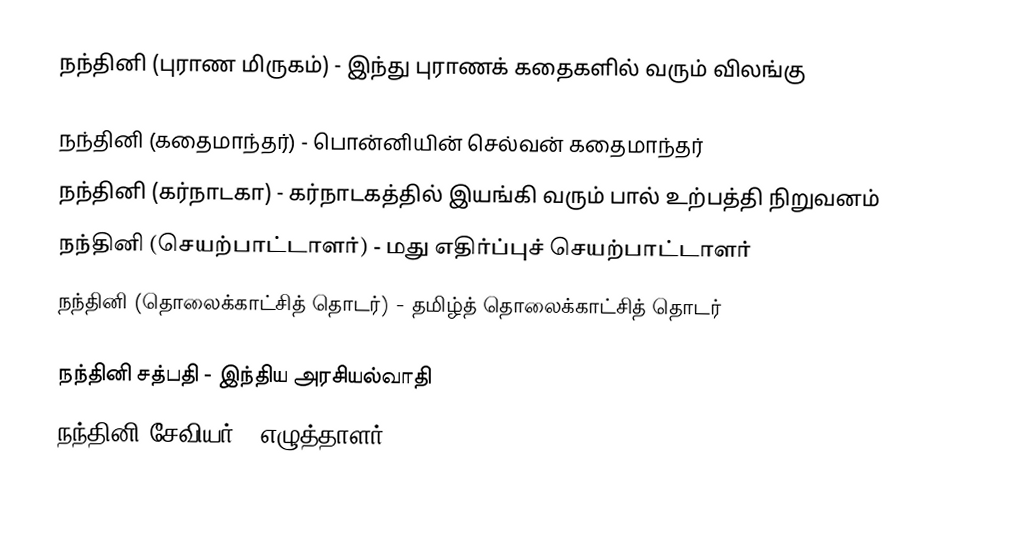
நந்தினி (புராண மிருகம்) - இந்து புராணக் கதைகளில் வரும் விலங்கு

 நந்தினி (கதைமாந்தர்) - பொன்னியின் செல்வன் கதைமாந்தர்
 நந்தினி (கர்நாடகா) - கர்நாடகத்தில் இயங்கி வரும் பால் உற்பத்தி நிறுவனம்
 நந்தினி (செயற்பாட்டாளர்) - மது எதிர்ப்புச் செயற்பாட்டாளர்
 நந்தினி (தொலைக்காட்சித் தொடர்) - தமிழ்த் தொலைக்காட்சித் தொடர்

 நந்தினி சத்பதி - இந்திய அரசியல்வாதி
 நந்தினி சேவியர் - எழுத்தாளர்